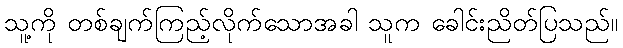
သူ့ကို တစ်ချက်ကြည့်လိုက်သောအခါ သူက ခေါင်းညိတ်ပြသည်။